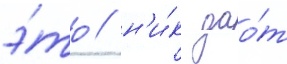
э́то / н'и́к дао́т